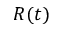
R ( t )